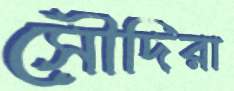
সৌদিরা